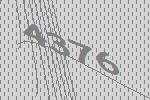
4376